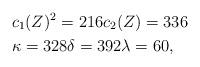
LaTeX: \begin{align*} &c_1(Z)^2= 216 c_2(Z)= 336 \quad\\ &\kappa = 328 \delta = 392 \lambda = 60,\end{align*}